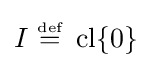
I~{\stackrel {\scriptscriptstyle {\text{def}}}{=}}~\operatorname {cl} \{0\}